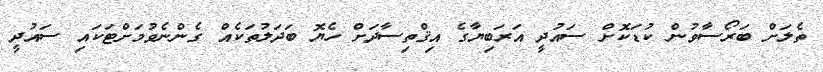
ތެލަށް ބަރޯސާވުން ކުޑަކޮށް ސައުދީ އަރަބިޔާގެ އިޤްތިސާދަށް ހެޔޮ ބަދަލުތަކެއް ގެންނެވުމަށްޓަކައި ސައުދީ